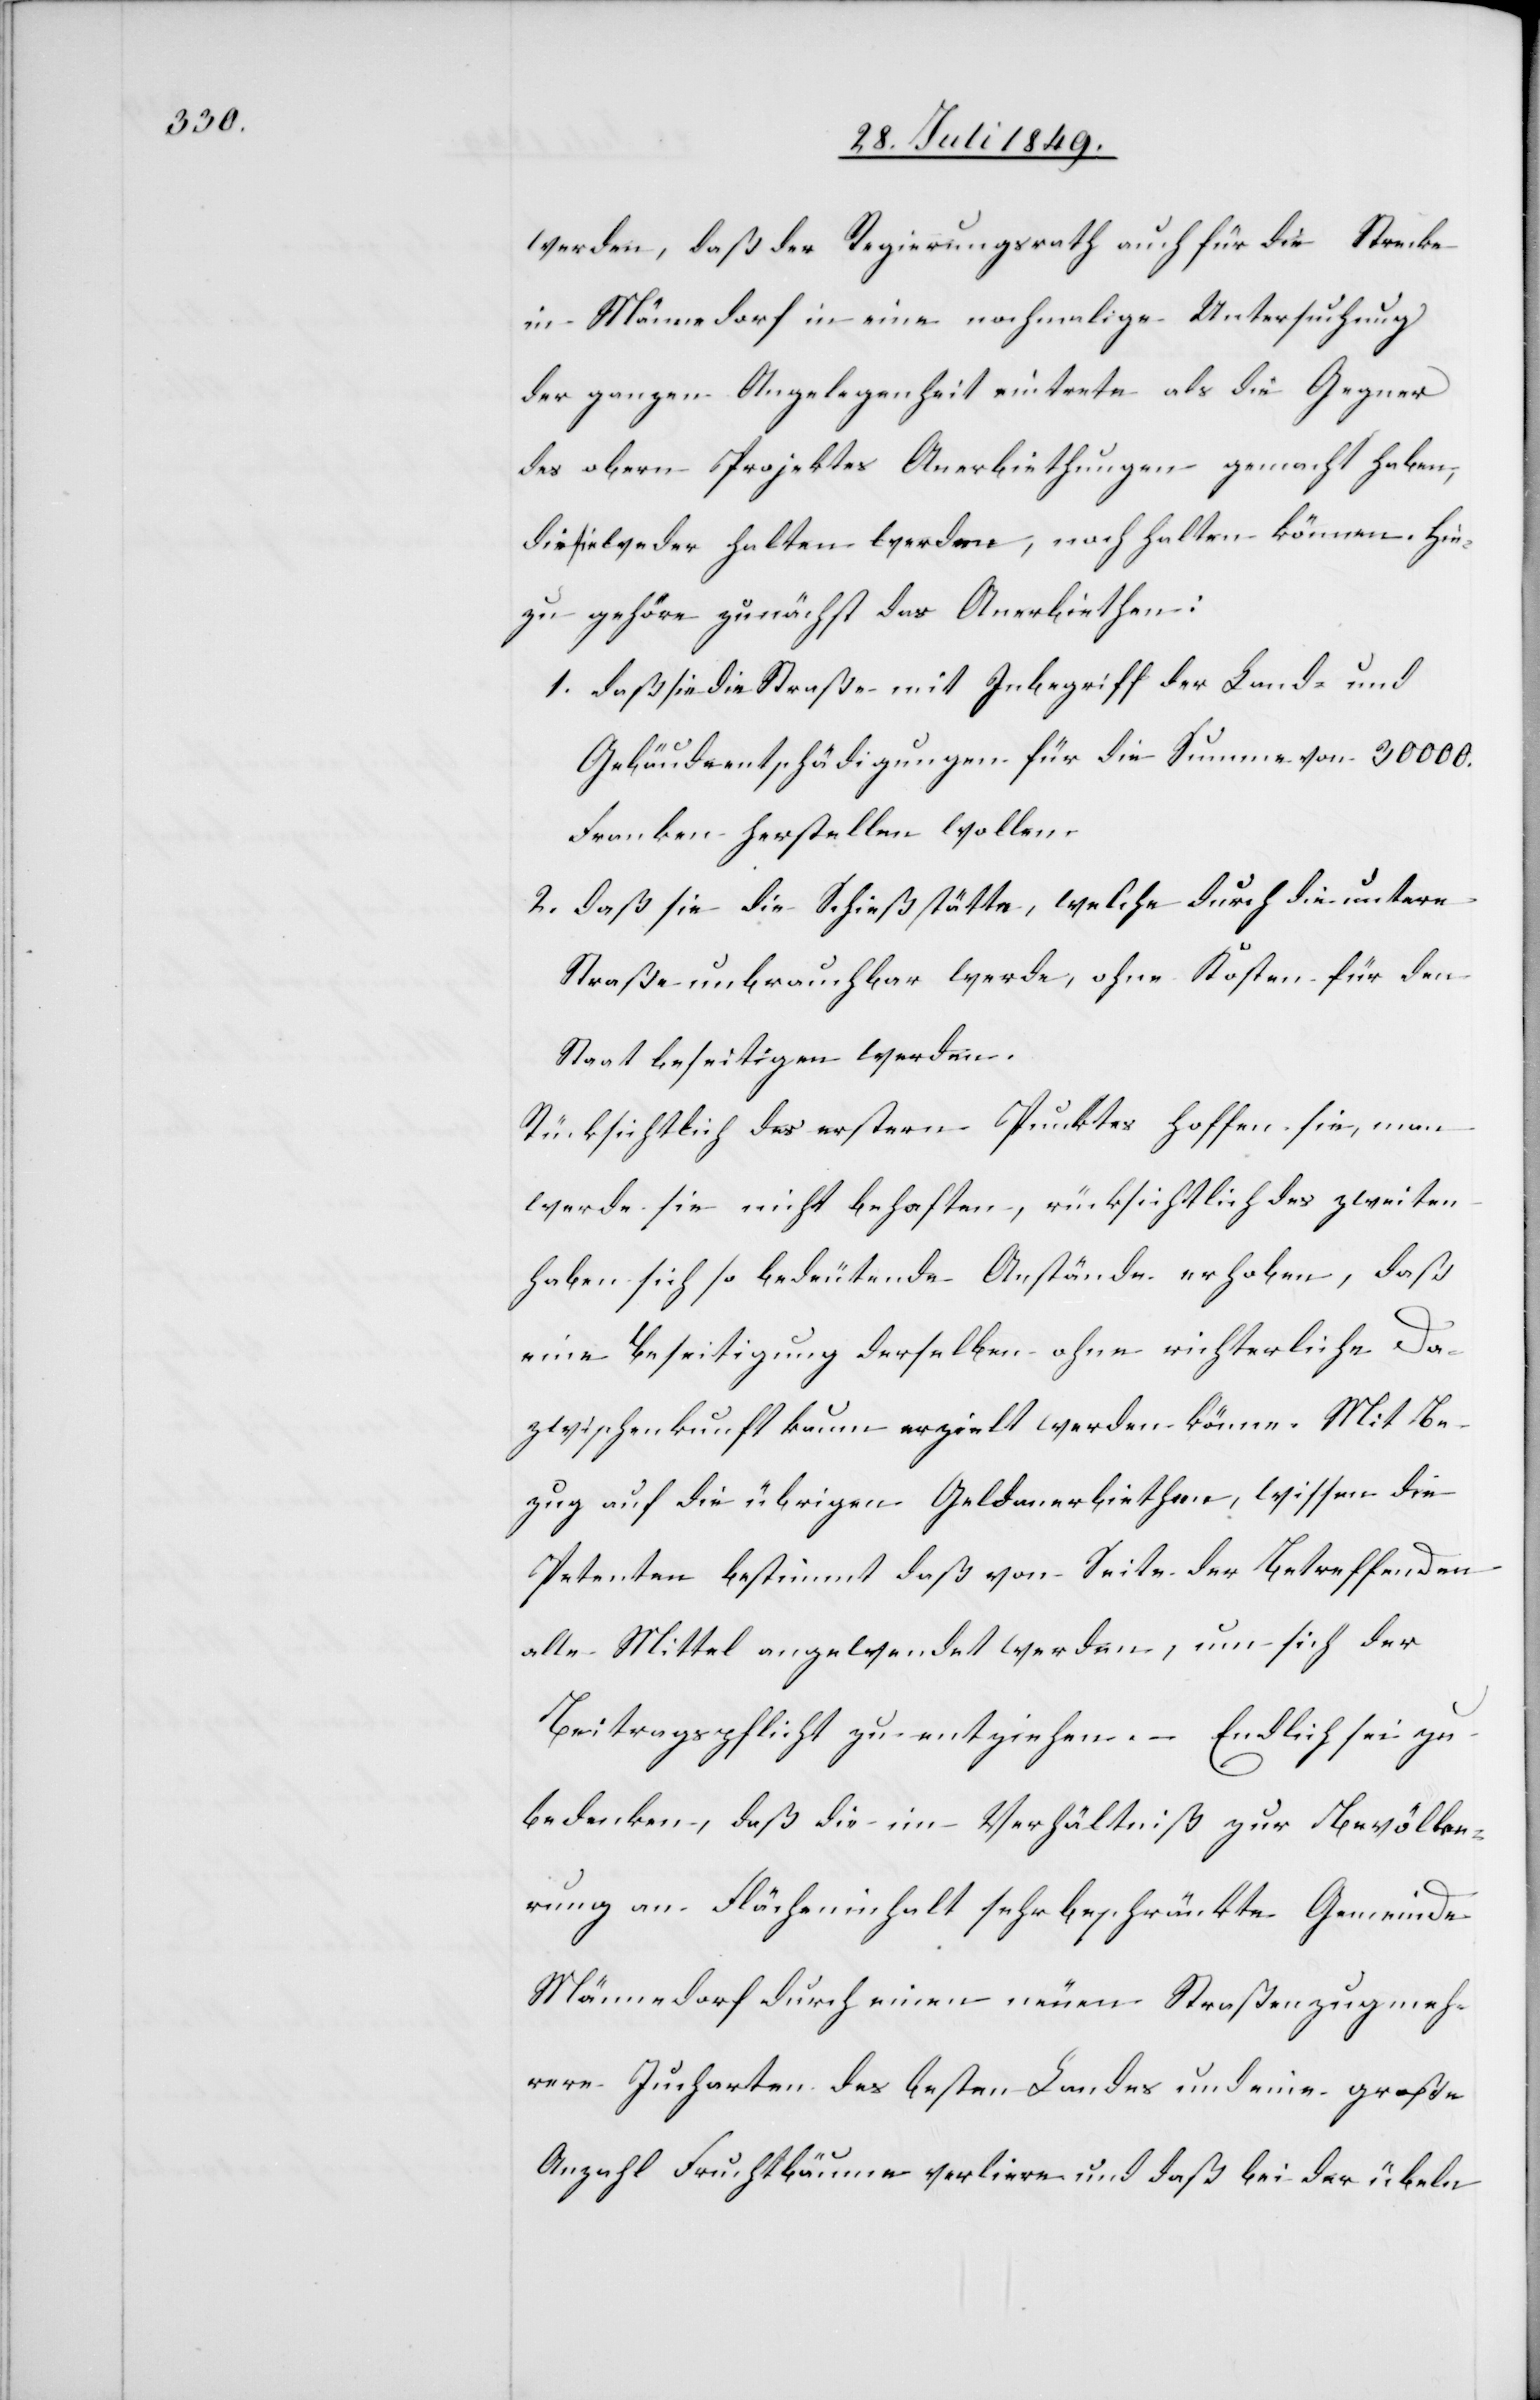
werden, daß der Regierungsrath auch für die Strecke
in Männedorf in eine nochmalige Untersuchung
der ganzen Angelegenheit eintrete als die Gegner
des obern Projektes Anerbiethungen gemacht haben,
die sie weder halten werden, noch halten können. Hin¬
zu gehöre zunächst das Anerbiethen:
1. 	daß sie die Straße mit Inbegriff der Land- und
Gebäudeentschädigungen für die Summe von 30 000.
Franken herstellen wollen.
2. 	daß sie die Schießstätte, welche durch die untere
Straße unbrauchbar werde, ohne Kosten für den
Staat beseitigen werden.
Rücksichtlich des erstern Punktes hoffen sie, man
werde sie nicht behaften, rücksichtlich des zweiten
haben sich so bedeutende Anstände erhoben, daß
eine Beseitigung derselben ohne richterliche Da¬
zwischenkunft kaum erzielt werden könne. Mit Be¬
zug auf die übrigen Geldanerbiethen, wissen die
Petenten bestimmt daß von Seite der Betreffenden
alle Mittel angewendet werden, um sich der
Beitragspflicht zu entziehen. – Endlich sei zu
bedenken, daß die im Verhältniß zur Bevölke¬
rung an Flächeninhalt sehr beschränkte Gemeinde
Männedorf durch einen neuen Straßenzug meh¬
rere Jucharten des besten Landes und eine große
Anzahl Fruchtbäume verliere und daß bei der übeln